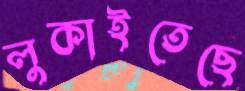
লুকাইতেছে